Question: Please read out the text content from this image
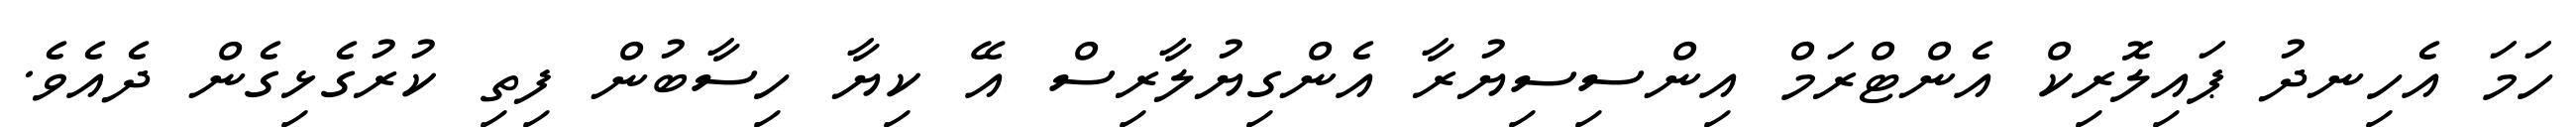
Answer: ހަމަ އެހިނދު ޕައިލޮރިކް އެންޓްރަމް އިންސިސިޔުރާ އެންގިޔުލާރިސް އޭ ކިޔާ ހިސާބުން ފިތި ކުރުގެޅިގެން ދެއެވެ.